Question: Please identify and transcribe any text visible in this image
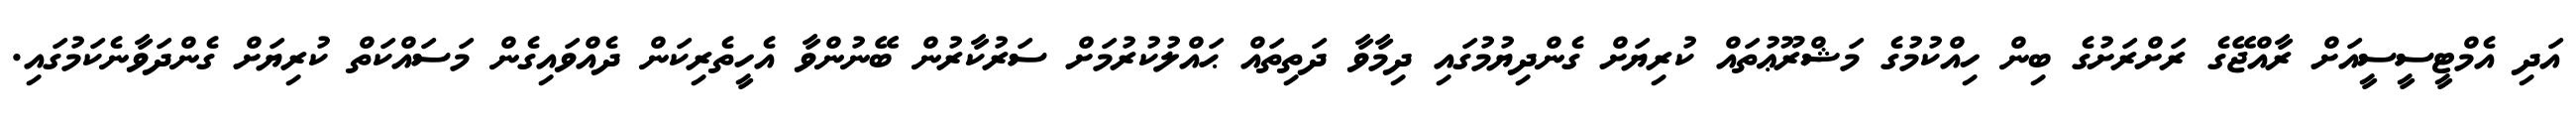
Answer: އަދި އެމްޓީސީސީއަށް ރާއްޖޭގެ ރަށްރަށުގެ ބިން ހިއްކުމުގެ މަޝްރޫޢުތައް ކުރިޔަށް ގެންދިޔުމުގައި ދިމާވާ ދަތިތައް ޙައްލުކުރުމަށް ސަރުކާރުން ބޭނުންވާ އެހީތެރިކަން ދެއްވައިގެން މަސައްކަތް ކުރިޔަށް ގެންދަވާނެކަމުގައި.